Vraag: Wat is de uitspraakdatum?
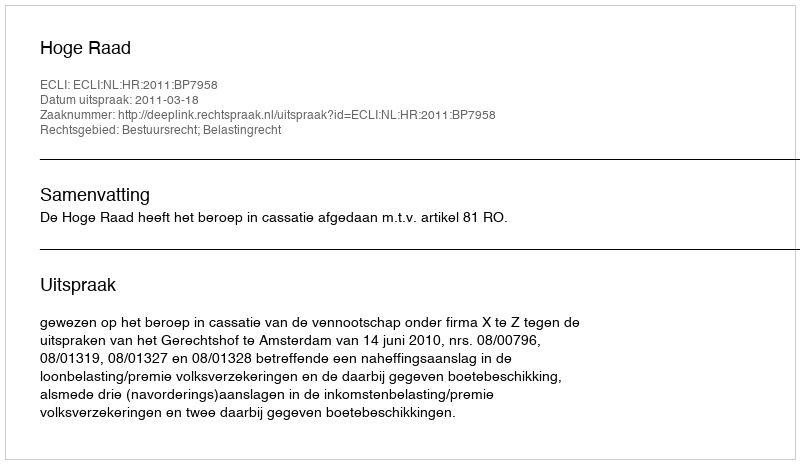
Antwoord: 2011-03-18